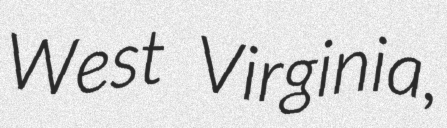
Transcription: West Virginia,